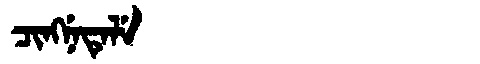
Manchu: ᠴᡳᠩᠨᡝᡨᡝᠯᡝ
Romanization: CINGNETELE